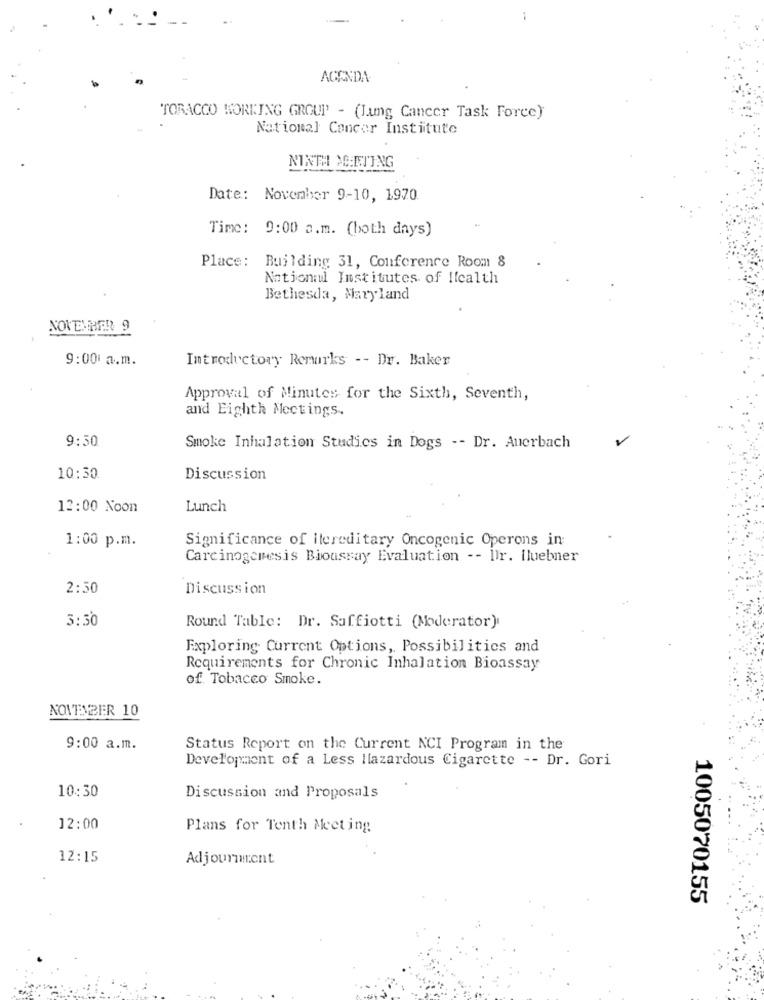
AGENDA
TORACCO WORKING GROUP - (Lung Cancer Task Force)
National Cancer Institute
NINTH MEETING
Date: November 9-10, 1970
Time: 9:00 a.m. (both days)
Place: Building 31, Conference Room 8
National Institutes of Health
Bethesda, Maryland
NOVEMBER 9
9:00 a.m.
Introductory Remarks -- Dr. Baker
Approval of Minutes for the Sixth, Seventh,
and Eighth Moctings.
9:30
Smoke Inhalation Studies in Dogs -- Dr. Auerbach
10:30
Discussion
12:00 Noon
Lunch
Significance of itereditary Oncogenic Operons in:
1:00 p.m.
Carcinogenesis Bioassay Evaluation -- Ilr. Hluebner
2:30
Discussion
3:30
Round Table: Dr. Saffiotti (Moderator)
Exploring Current Options, Possibilities and
Requirements for Chronic Inhalation Bioassay
of Tobacco Smoke.
NOVEMBER 10
9:00 a.m.
Status Report on the Current NCI Program in the
Development of a Less llazardous Cigarette -- Dr. Gori
10:30
Discussion and Proposals
12:00
Plans for Tenth Meeting
12:15
Adjournment
1005070155